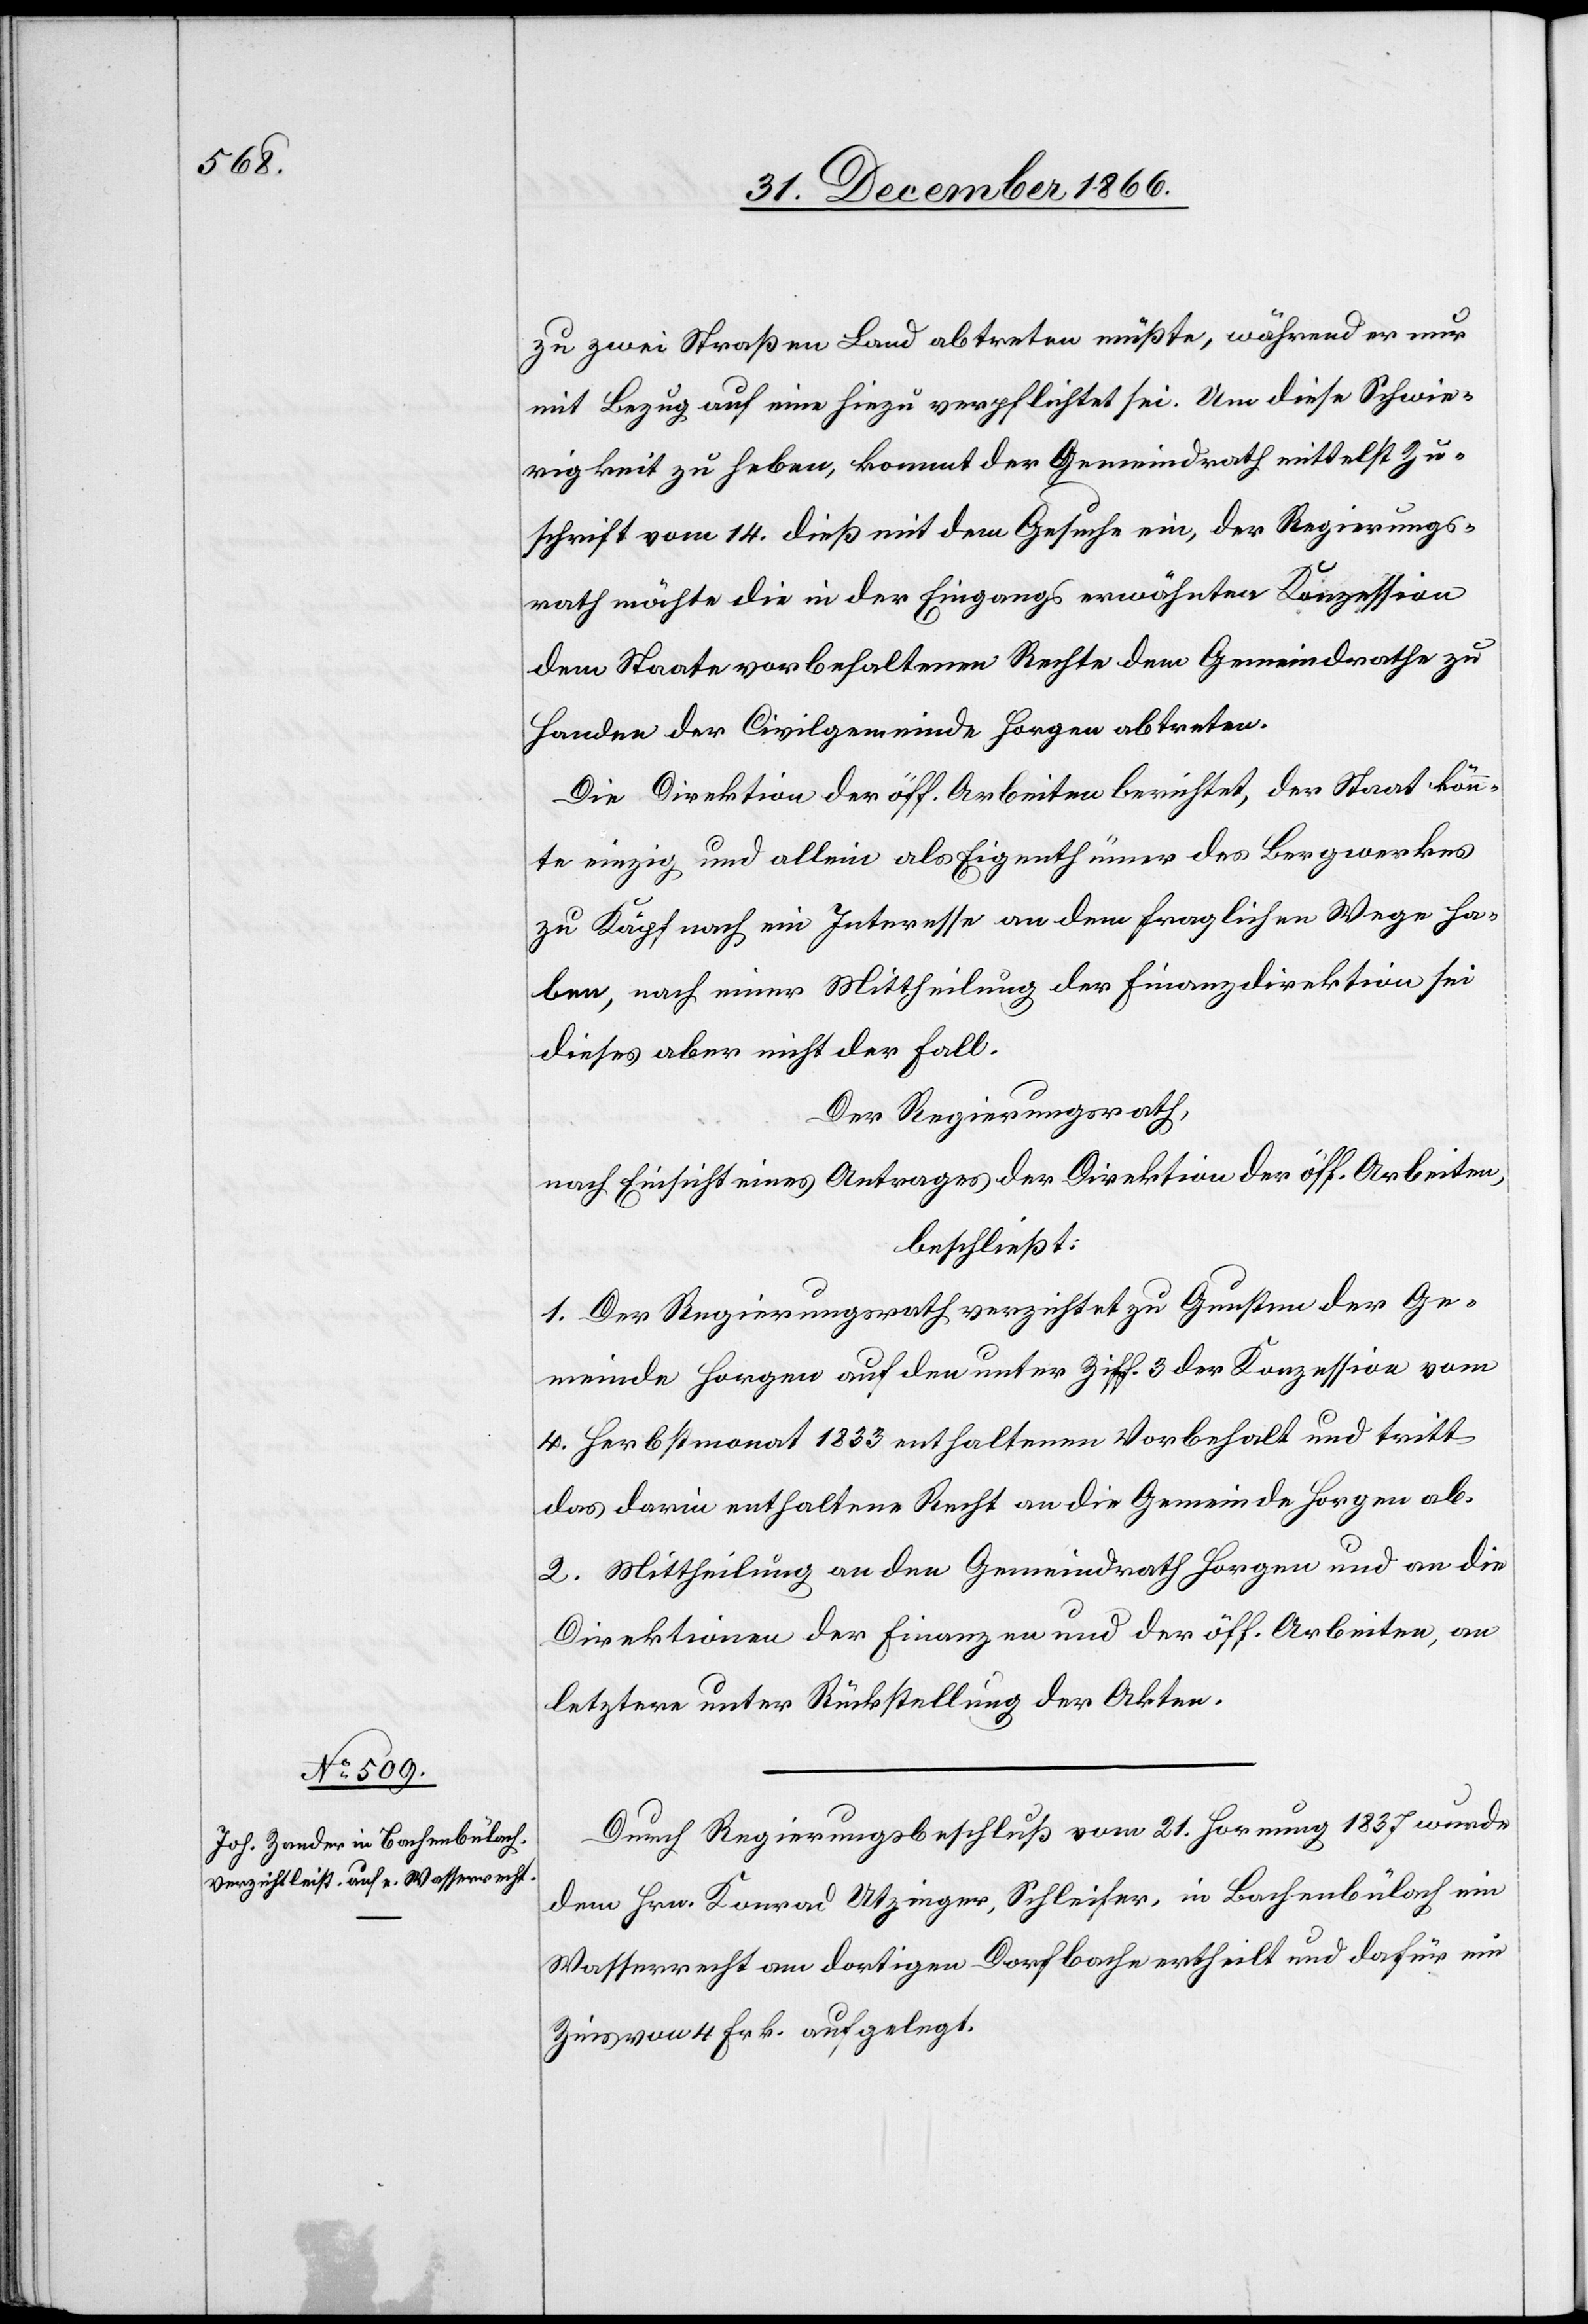
zu zwei Straßen Land abtreten müßte, während er nur
mit Bezug auf eine hiezu verpflichtet sei. Um diese Schwie¬
rigkeit zu heben, kommt der Gemeindrath mittelst Zu¬
schrift vom 14. dieß mit dem Gesuche ein, der Regierungs¬
rath möchte die in der Eingangs erwähnten Konzession
dem Staate vorbehaltenen Rechte dem Gemeindrathe zu
Handen der Civilgemeinde Horgen abtreten.
Die Direktion der öff. Arbeiten berichtet, der Staat könn¬
te einzig und allein als Eigenthümer des Bergwerkes
zu Käpfnach ein Interesse an dem fraglichen Wege ha¬
ben, nach einer Mittheilung der Finanzdirektion sei
dieses aber nicht der Fall.
Der Regierungsrath,
nach Einsicht eines Antrages der Direktion der öff. Arbeiten,
beschließt:
1. Der Regierungsrath verzichtet zu Gunsten der Ge¬
meinde Horgen auf den unter Ziff. 3 der Konzession vom
4. Herbstmonat 1833 enthaltenen Vorbehalt und tritt
das darin enthaltene Recht an die Gemeinde Horgen ab.
2. Mittheilung an den Gemeindrath Horgen und an die
Direktionen der Finanzen und der öff. Arbeiten, an
letztere unter Rückstellung der Akten.
Durch Regierungsbeschluß vom 21. Hornung 1837 wurde
dem Hrn. Konrad Utzinger, Schleifer, in Bachenbülach ein
Wasserrecht am dortigen Dorfbache ertheilt und dafür ein
Zins von 4 Frk. aufgelegt.